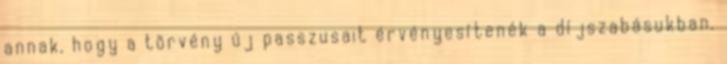
annak, hogy a törvény új passzusait érvényesítenék a díjszabásukban.